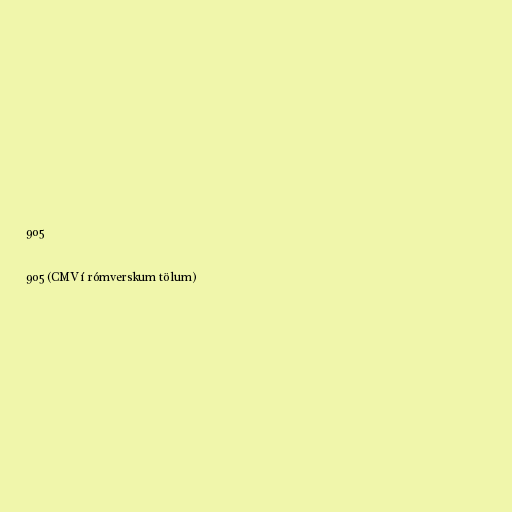
905

905 (CMV í rómverskum tölum)